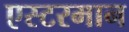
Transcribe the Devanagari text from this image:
एस्टरमान